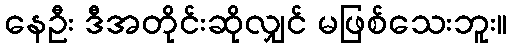
နေဦး ဒီအတိုင်းဆိုလျှင် မဖြစ်သေးဘူး။